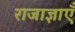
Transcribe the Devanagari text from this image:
राजाज्ञाएँ